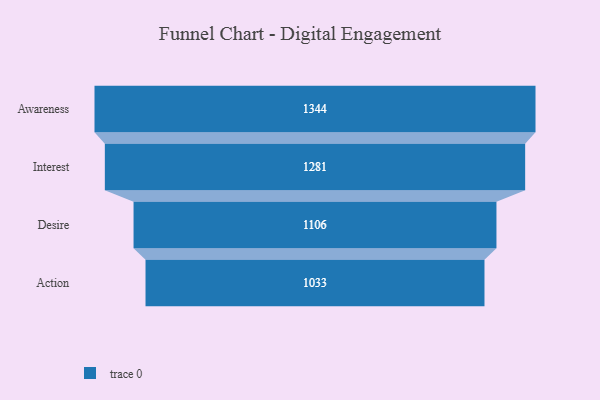
{"axis": {"x": "Stage", "y": "Value"}, "legend": [""], "data": [{"x": "Awareness", "y": 1344.0, "type": ""}, {"x": "Interest", "y": 1281.0, "type": ""}, {"x": "Desire", "y": 1106.0, "type": ""}, {"x": "Action", "y": 1033.0, "type": ""}]}